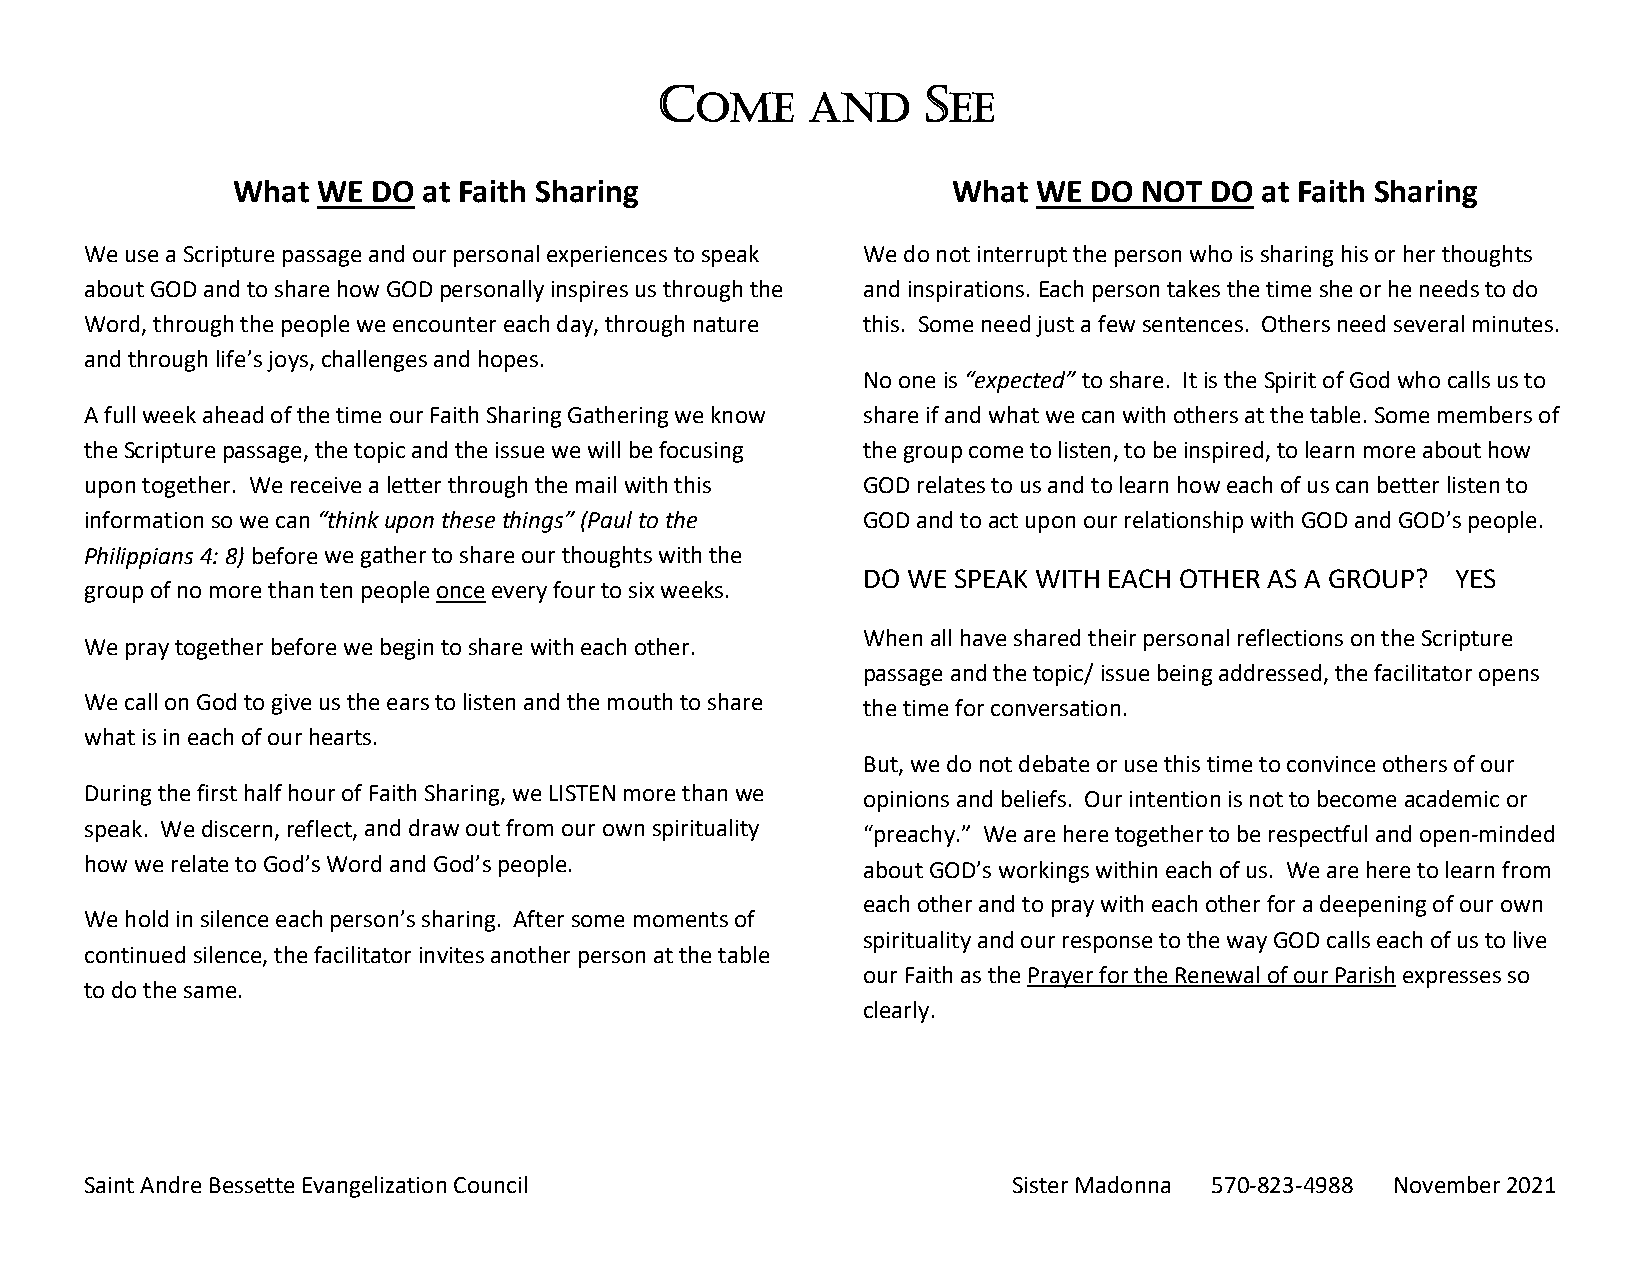
C                 S
 OME    AND       EE
 What  WE  DO at Faith Sharing                   What  WE DO  NOT DO at Faith Sharing
 We use a Scripture passage and our personal experiences to speak We do not interrupt the person who is sharing his or her thoughts
 about GOD and to share how GOD personally inspires us through the and inspirations. Each person takes the time she or he needs to do
 Word, through the people we encounter each day, through nature this. Some need just a few sentences. Others need several minutes.
 and through life’s joys, challenges and hopes.
 No one is “expected” to share. It is the Spirit of God who calls us to
 A full week ahead of the time our Faith Sharing Gathering we know share if and what we can with others at the table. Some members of
 the Scripture passage, the topic and the issue we will be focusing the group come to listen, to be inspired, to learn more about how
 upon together. We receive a letter through the mail with this GOD relates to us and to learn how each of us can better listen to
 information so we can “think upon these things” (Paul to the GOD and to act upon our relationship with GOD and GOD’s people.
 Philippians 4: 8) before we gather to share our thoughts with the
 DO WE SPEAK WITH EACH OTHER AS A GROUP? YES
 group of no more than ten people once every four to six weeks.
 When all have shared their personal reflections on the Scripture
 We pray together before we begin to share with each other.
 passage and the topic/ issue being addressed, the facilitator opens
 We call on God to give us the ears to listen and the mouth to share the time for conversation.
 what is in each of our hearts.
 But, we do not debate or use this time to convince others of our
 During the first half hour of Faith Sharing, we LISTEN more than we opinions and beliefs. Our intention is not to become academic or
 speak. We discern, reflect, and draw out from our own spirituality “preachy.” We are here together to be respectful and open‐minded
 how we relate to God’s Word and God’s people.      about GOD’s workings within each of us. We are here to learn from
 each other and to pray with each other for a deepening of our own
 We hold in silence each person’s sharing. After some moments of
 spirituality and our response to the way GOD calls each of us to live
 continued silence, the facilitator invites another person at the table
 our Faith as the Prayer for the Renewal of our Parish expresses so
 to do the same.
 clearly.
 Saint Andre Bessette Evangelization Council                  Sister Madonna 570‐823‐4988 November 2021